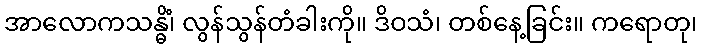
အာလောကသန္ဓိံ၊ လွန်သွန်တံခါးကို။ ဒိဝသံ၊ တစ်နေ့ခြင်း။ ကရောတု၊